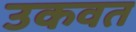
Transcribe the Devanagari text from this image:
उकवत